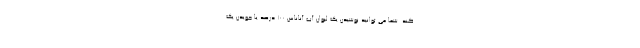
کند. شما می توانید نوشیدن یک لیوان آب آناناس 100 درصد یا جویدن یک